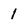
Character: 1